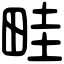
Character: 畦